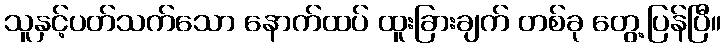
သူနှင့်ပတ်သက်သော နောက်ထပ် ထူးခြားချက် တစ်ခု တွေ့ပြန်ပြီ။